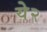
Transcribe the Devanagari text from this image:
ये२